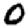
Digit: 0